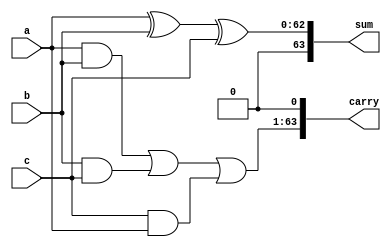
module csa(a,b,c,sum,carry);

input [62:0]a,b,c;
output [63:0]sum,carry;

assign sum[62:0]=a^b^c;
assign carry[63:1]= a&b | b&c | c&a;
assign carry[0]=0;
assign sum[63]=0;

endmodule // csa